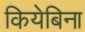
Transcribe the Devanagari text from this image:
कियेबिना